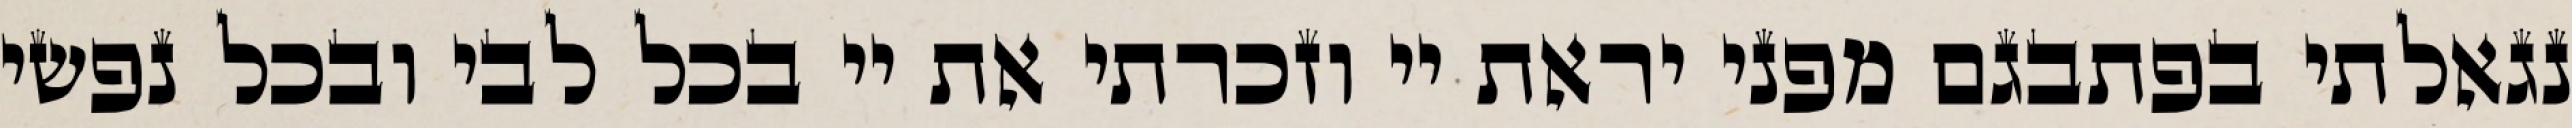
נגאלתי בפתבגם מפני יראת יי וזכרתי את יי בכל לבי ובכל נפשי